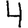
Digit: 4